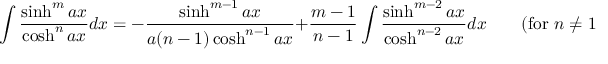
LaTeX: \int { \frac { \sinh ^ { m } a x } { \cosh ^ { n } a x } } d x = - { \frac { \sinh ^ { m - 1 } a x } { a ( n - 1 ) \cosh ^ { n - 1 } a x } } + { \frac { m - 1 } { n - 1 } } \int { \frac { \sinh ^ { m - 2 } a x } { \cosh ^ { n - 2 } a x } } d x \qquad { \mathrm { ( f o r ~ } } n \neq 1 { \mathrm { ) } }